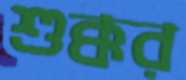
শুক্কর